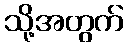
သို့အတွက်